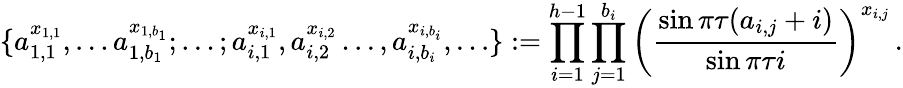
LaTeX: \{ a_{1,1}^{x_{1,1}},\ldots a_{1,b_{1}}^{x_{1,b_{1}}};\ldots;a_{i,1}^{x_{i,1}},a_{i,2}^{x_{i,2}}\ldots,a_{i,b_{i}}^{x_{i,b_{i}}},\ldots\} :=\prod_{i=1}^{h-1}\prod_{j=1}^{b_{i}}\left(\frac{\sin\pi\tau(a_{i,j}+i)}{\sin\pi\tau i}\right)^{x_{i,j}}\, .